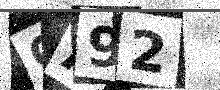
Text: CA92